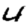
Digit: 4